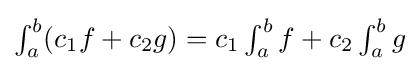
{\textstyle \int _{a}^{b}(c_{1}f+c_{2}g)=c_{1}\int _{a}^{b}f+c_{2}\int _{a}^{b}g}